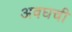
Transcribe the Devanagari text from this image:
अवघची